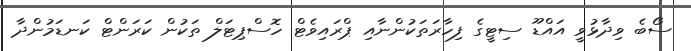
ސޯބެ ވިދާޅުވީ އައްޑޫ ސިޓީގެ ފިހާރަތަކުންނާއި ޕްރައިވެޓް ހޮސްޕިޓަލް ތަކުން ކަރަންޓް ކަނޑަމުންދާ